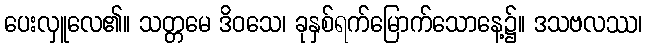
ပေးလှူလေ၏။ သတ္တမေ ဒိဝသေ၊ ခုနှစ်ရက်မြောက်သောနေ့၌။ ဒသဗလဿ၊